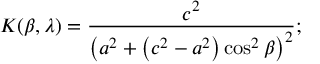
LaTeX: K ( \beta , \lambda ) = { \frac { c ^ { 2 } } { \left( a ^ { 2 } + \left( c ^ { 2 } - a ^ { 2 } \right) \cos ^ { 2 } \beta \right) ^ { 2 } } } ; \,